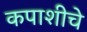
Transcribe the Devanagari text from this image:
कपाशीचे